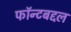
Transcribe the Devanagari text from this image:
फॉन्टबद्दल